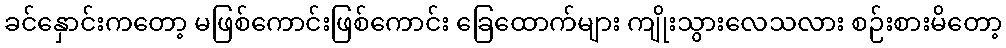
ခင်နှောင်းကတော့ မဖြစ်ကောင်းဖြစ်ကောင်း ခြေထောက်များ ကျိုးသွားလေသလား စဉ်းစားမိတော့